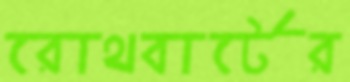
রোথবার্টের